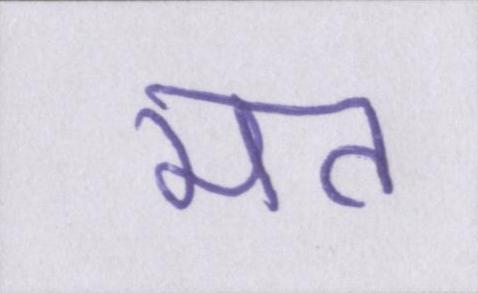
मत